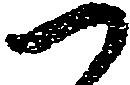
つ